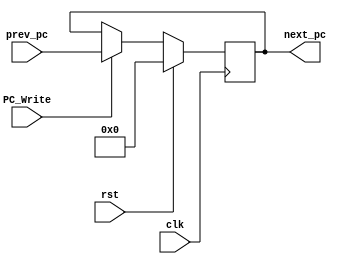
module ProgramCounter(
    input clk, rst, PC_Write,
    input [31:0] prev_pc, 
    output reg [31:0] next_pc
    );
       
    always @(posedge clk)
    begin
        if (rst)
            next_pc <= 32'b0;
        else
            if(PC_Write)
                next_pc <= prev_pc;
    end
    
endmodule